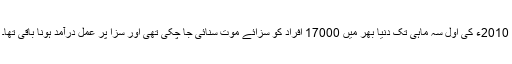
2010ء کی اول سہ ماہی تک دنیا بھر میں 17000 افراد کو سزائے موت سنائی جا چکی تھی اور سزا پر عمل درآمد ہونا باقی تھا۔